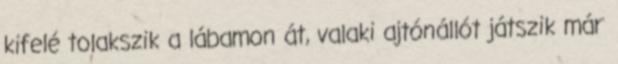
kifelé tolakszik a lábamon át, valaki ajtónállót játszik már